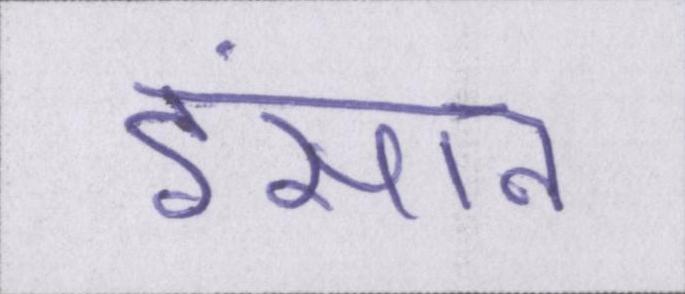
इंसान